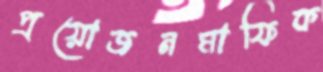
প্রয়োজনমাফিক